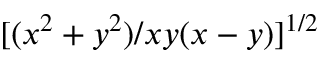
[ ( x ^ { 2 } + y ^ { 2 } ) / x y ( x - y ) ] ^ { 1 / 2 }